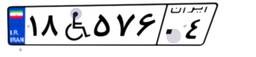
۱۸W۵۷۶۰۴